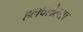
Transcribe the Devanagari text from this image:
हलवलेल्या